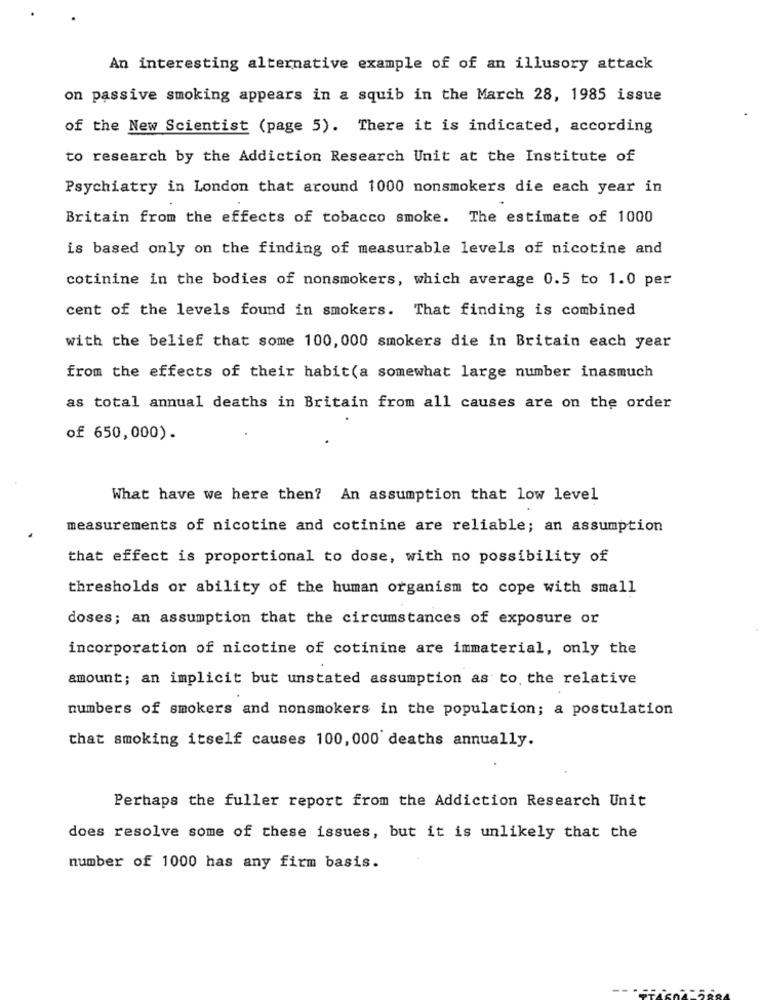
An interesting alternative example of of an illusory attack
on passive smoking appears in a squib in the March 28, 1985 issue
of the New Scientist (page 5). There it is indicated, according
to research by the Addiction Research Unit at the Institute of
Psychiatry in London that around 1000 nonsmokers die each year in
Britain from the effects of tobacco smoke. The estimate of 1000
is based only on the finding of measurable levels of nicotine and
cotinine in the bodies of nonsmokers, which average 0.5 to 1.0 per
cent of the levels found in smokers. That finding is combined
with the belief that some 100, 000 smokers die in Britain each year
from the effects of their habit(a somewhat large number inasmuch
as total annual deaths in Britain from all causes are on the order
of 650,000).
What have we here then? An assumption that low level
measurements of nicotine and cotinine are reliable; an assumption
that effect is proportional to dose, with no possibility of
thresholds or ability of the human organism to cope with small
doses; an assumption that the circumstances of exposure or
incorporation of nicotine of cotinine are immaterial, only the
amount; an implicit but unstated assumption as to the relative
numbers of smokers and nonsmokers in the population; a postulation
that smoking itself causes 100, 000 deaths annually.
Perhaps the fuller report from the Addiction Research Unit
does resolve some of these issues, but it is unlikely that the
number of 1000 has any firm basis.